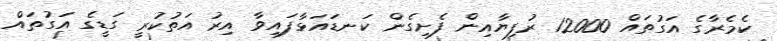
ކެމެރާގެ އަގުތައް 12000 ރުފިޔާއިން ފެށިގެން ކަނޑައަޅާފައިވާ އިރު އަތުކުރީ ގަޑީގެ އަގުތައް